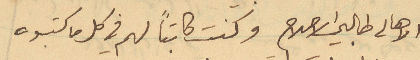
الاهالي طالبي الاصلاح وكنت كاتباً لهم في كل ما كتبوه